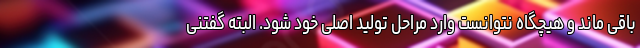
باقی ماند و هیچگاه نتوانست وارد مراحل تولید اصلی خود شود. البته گفتنی